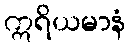
ဣရိယမာနံ